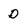
Character: D